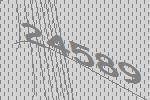
24589